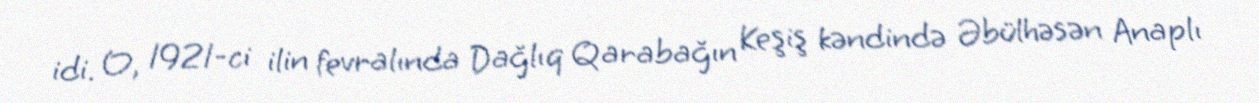
idi. O, 1921-ci ilin fevralında Dağlıq Qarabağın Keşiş kəndində Əbülhəsən Anaplı